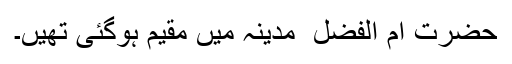
حضرت ام الفضل ؓ مدینہ میں مقیم ہوگئی تھیں۔